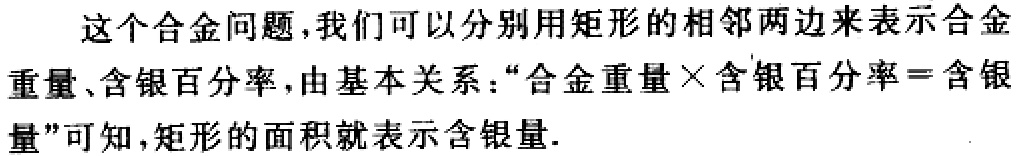
这个合金问题，我们可以分别用矩形的相邻两边来表示合金

重量、含银百分率，由基本关系：“合金重量×含银百分率=含银

量”可知，矩形的面积就表示含银量.